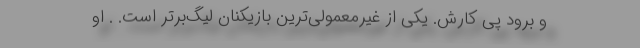
و برود پی کارش. یکی از غیرمعمولی‌ترین بازیکنان لیگ‌برتر است. . او